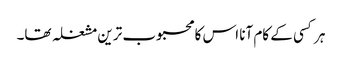
ہر کسی کے کام آنا اس کا محبوب ترین مشغلہ تھا۔